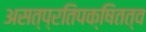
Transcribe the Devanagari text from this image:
असत्प्रतिपक्षितत्व